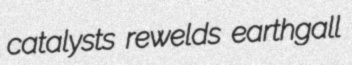
catalysts rewelds earthgall